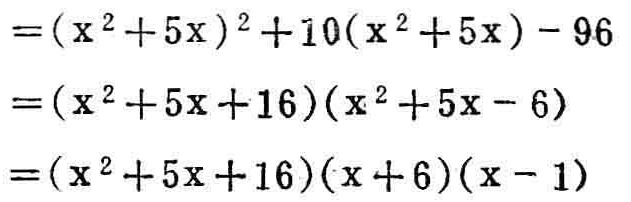
\[

\begin{align*}

&=(x^{2}+5x)^{2}+10(x^{2}+5x)-96\\

&=(x^{2}+5x + 16)(x^{2}+5x - 6)\\

&=(x^{2}+5x + 16)(x^{2}+5x - 6)\\

&=(x^{2}+5x + 16)(x + 6)(x - 1)

\end{align*}

\]